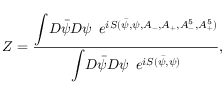
Z = \frac { { \displaystyle \int } { \cal D } { \bar { \psi } } { \cal D } \psi \, \, \, { \displaystyle e } ^ { i S ( { \bar { \psi } } , \psi , A _ { - } , A _ { + } , A _ { - } ^ { 5 } , A _ { + } ^ { 5 } ) } } { { \displaystyle \int } { \cal D } { \bar { \psi } } { \cal D } \psi \, \, \, { \displaystyle e } ^ { i S ( { \bar { \psi } } , \psi ) } } ,